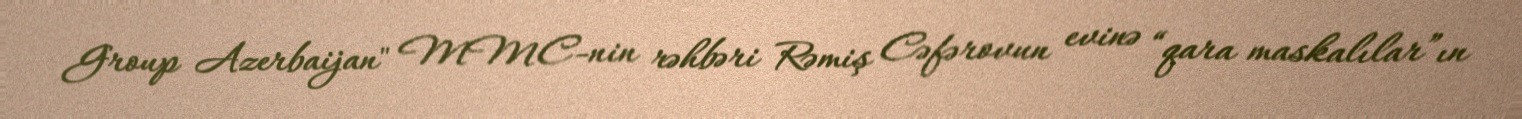
Group Azerbaijan" MMC-nin rəhbəri Rəmiş Cəfərovun evinə “qara maskalılar”ın